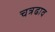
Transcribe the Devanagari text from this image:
चत्रढाव